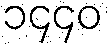
၁၄၄၀